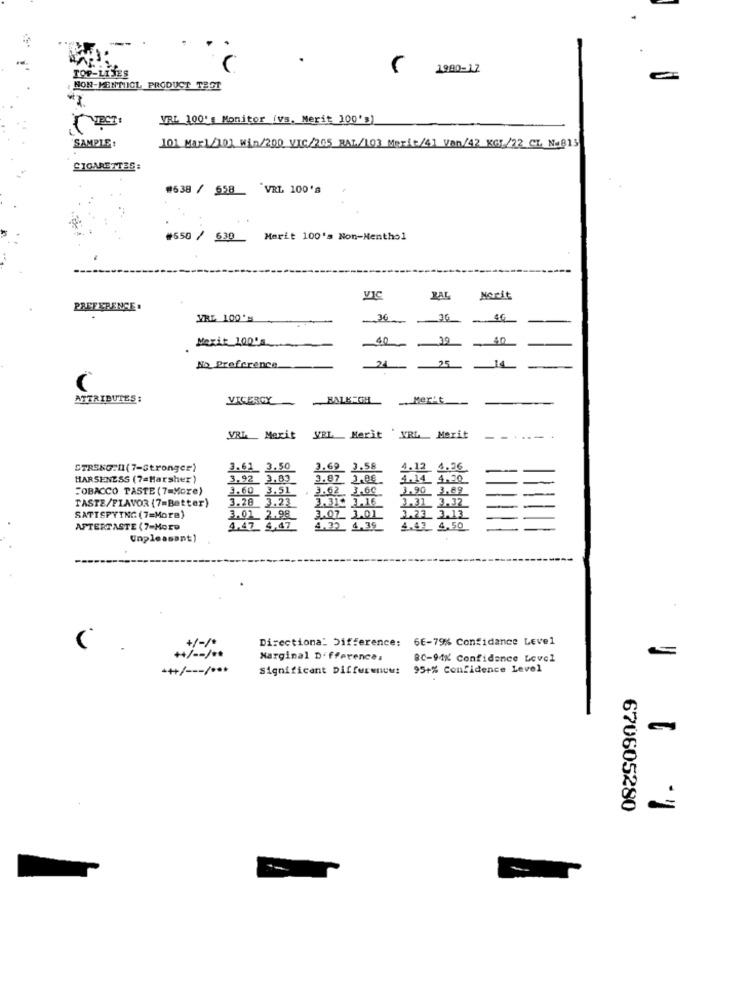
TOP-LINES
( 1980-17
HON-MENTHOL PRODUCT TEGT
VRL 100' s Monitor (Vs. Merit 100'g)
SAMPLE:
101 Mario] win/200 VIC/205 RAL/103 Markt/41 Van/42 KG1/22 CL. N=815
CIGARETTES:
#638 / 558 "VRL 100'S
#650 / 630 _ Merit 100's Non-Menthol
ZAL
Norit
PREFERENCE.
VRL 100's
-
-
Mexit 100's
40
39
No Preference
C
ATTRIBUTES:
VICERGY
HALK-GH
. Mer't
VRL_ Merit
VEL_ Merit XRL_ Merit
....-.
STRENG:D(7-Stronger)
3.61 3.50
3.69 3.58
4.12 4.36.
HARSENESS (7=Harsher)
3.92 3.83
3.87 J.DE
4.14. 4.30
TOBACCO TASTE (7=More)
3.60 3.51
3.62 3.60
3.90 3.89
TASTE/FIAVOR (7=Better)
3.20 3.23
$3.31. 1.16
3.31. 3.32
3.23 3.13
SATISFYING (7=More)
3.01 2.98
3.07 3.01
AFTERTASTE (7-More
4.47 4,47
4.32. 4.39
4.43 4.50
Unpleasant)
Directional Difference: 66-79% Confidence Level
+1-1
+/-/ **
Marginal Difference.
BC-94% Confidence Level
*+/ --- / ***
Significant Differences
95+% Confidence Level
670605280